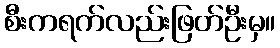
စီးကရက်လည်းဖြတ်ဦးမှ။